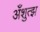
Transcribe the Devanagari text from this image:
अँशुत्झ